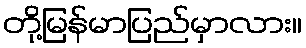
တို့မြန်မာပြည်မှာလား။